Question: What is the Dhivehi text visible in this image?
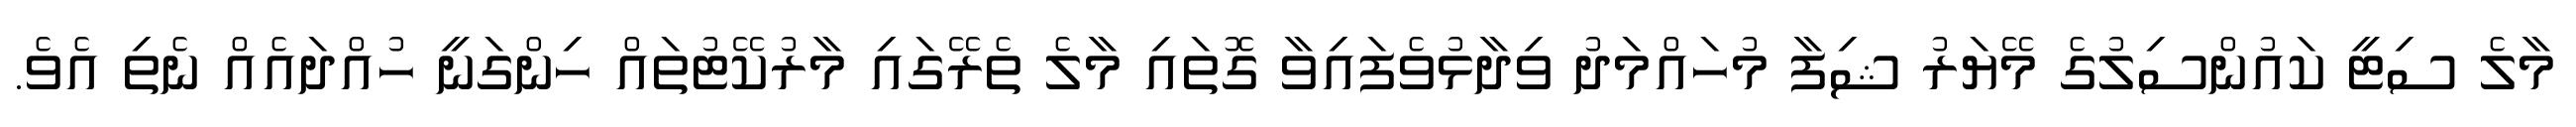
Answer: މާލެ ސިޓީ ކައުންސިލުގެ މޭޔަރު ޝިފާ މުހައްމަދު ވިދާޅުވެފައިވާ ގޮތައި މާލެ ތެރޭގައި މާރުކޭޓުތައް ހިންގަނީ ހުއްދައެއް ނެތި އެވެ.